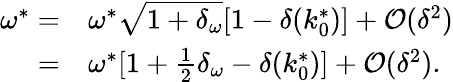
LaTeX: \begin{array}{rl}{\omega^{*}=}&{{}\omega^{*}\sqrt{1+\delta_{\omega}}[1-\delta(k_{0}^{*})]+\mathcal{O}(\delta^{2})}\\ {=}&{{}\omega^{*}[1+{\textstyle\frac 12}\delta_{\omega}-\delta(k_{0}^{*})]+\mathcal{O}(\delta^{2}).}\end{array}